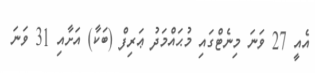
އެއީ 27 ވަނަ މިނެޓްގައި މުޙައްމަދު ޢަރިފް (ބަކާ) އަށާއި 31 ވަނަ